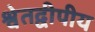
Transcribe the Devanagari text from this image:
श्वेतद्वीपीय